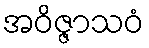
အဝိဇ္ဇာသဝံ